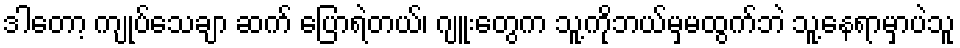
ဒါတော့ ကျုပ်သေချာ ဆက် ပြောရဲတယ်၊ ဂျူးတွေက သူ့ကိုဘယ်မှမထွက်ဘဲ သူ့နေရာမှာပဲသူ